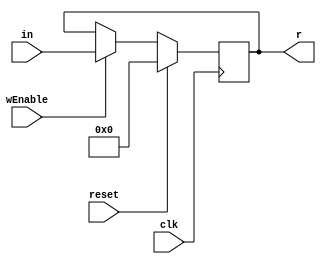
module Register(in, wEnable, clk, r, reset);
	 input [15:0] in;
	 input clk, wEnable, reset;
	 output reg [15:0] r;
	 
 always @( posedge clk )
	begin
		if(reset) r <= 16'h0000;
		else 
		begin
			if (wEnable)
			begin
				r <= in;
			end
			else
			begin
				r <= r;
			end
		end
	end
endmodule
module regfile(readA, readB, selectA, selectB, writeValue, writeSelect, writeEnable, clock, reset,r14,r15);

// Output ports A and B
output [15:0] readA, readB;

output [15:0] r14, r15;

// Value to write to register
input[15:0] writeValue;

// Enable writing to register
input writeEnable, reset;

// Which register to read/write to/from.
input[3:0] writeSelect, selectA, selectB;

// Clock signal
input clock;

// Internal 16 bit signal to enable single registers.
wire [15:0] regEnable, r0, r1, r2, r3, r4, r5, r6, r7, r8, r9, r10, r11, r12, r13;

// Create a decoder to enable registers.
decoder decoder0(writeSelect, writeEnable, regEnable);

// Bank of registers
Register Inst0(writeValue, regEnable[0], clock, r0, reset);
Register Inst1(writeValue, regEnable[1], clock, r1, reset);
Register Inst2(writeValue, regEnable[2], clock, r2, reset);
Register Inst3(writeValue, regEnable[3], clock, r3, reset);
Register Inst4(writeValue, regEnable[4], clock, r4, reset);
Register Inst5(writeValue, regEnable[5], clock, r5, reset);
Register Inst6(writeValue, regEnable[6], clock, r6, reset);
Register Inst7(writeValue, regEnable[7], clock, r7, reset);
Register Inst8(writeValue, regEnable[8], clock, r8, reset);
Register Inst9(writeValue, regEnable[9], clock, r9, reset);
Register Inst10(writeValue, regEnable[10], clock, r10, reset);
Register Inst11(writeValue, regEnable[11], clock, r11, reset);
Register Inst12(writeValue, regEnable[12], clock, r12, reset);
Register Inst13(writeValue, regEnable[13], clock, r13, reset);
Register Inst14(writeValue, regEnable[14], clock, r14, reset);
Register Inst15(writeValue, regEnable[15], clock, r15, reset); 


// Muxes for selecting output a, b
mux16to1 muxA(r0, r1, r2, r3, r4, r5, r6, r7, r8, r9, r10, r11, r12, r13, r14, r15, selectA, readA);
mux16to1 muxB(r0, r1, r2, r3, r4, r5, r6, r7, r8, r9, r10, r11, r12, r13, r14, r15, selectB, readB);

endmodule